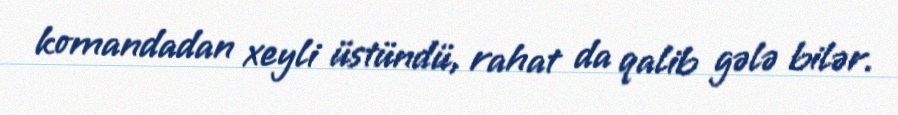
komandadan xeyli üstündü, rahat da qalib gələ bilər.